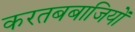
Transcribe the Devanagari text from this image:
करतबबाजियों